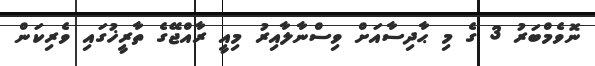
ނޮވެމްބަރު 3 ގެ މި ޙާދިސާއަށް ވިސްނާލާއިރު މިއީ ރާއްޖޭގެ ތާރީޚުގައި ވެރިކަން